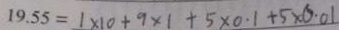
1 9 . 5 5 = 1 \times 1 0 + 9 \times 1 + 5 \times 0 . 1 + 5 \times 0 . 0 1